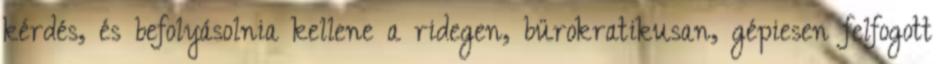
kérdés, és befolyásolnia kellene a ridegen, bürokratikusan, gépiesen felfogott